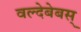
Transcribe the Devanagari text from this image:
वल्देबेबस्